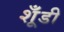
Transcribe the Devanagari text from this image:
शूँडी